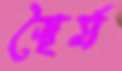
স্থৈর্য